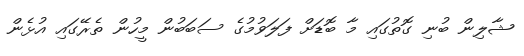
ޝާލިން ބުނި ގޮތުގައި މާ ބޮޑަށް ފަލަވުމުގެ ސަބަބުން މީހުން ތެރޭގައި އުޅެން